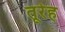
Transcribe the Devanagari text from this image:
तूरेह